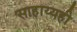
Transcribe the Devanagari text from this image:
साहाय्यही